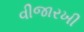
વીજારખી